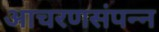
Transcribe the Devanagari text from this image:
आचरणसंपन्न